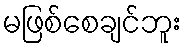
မဖြစ်စေချင်ဘူး